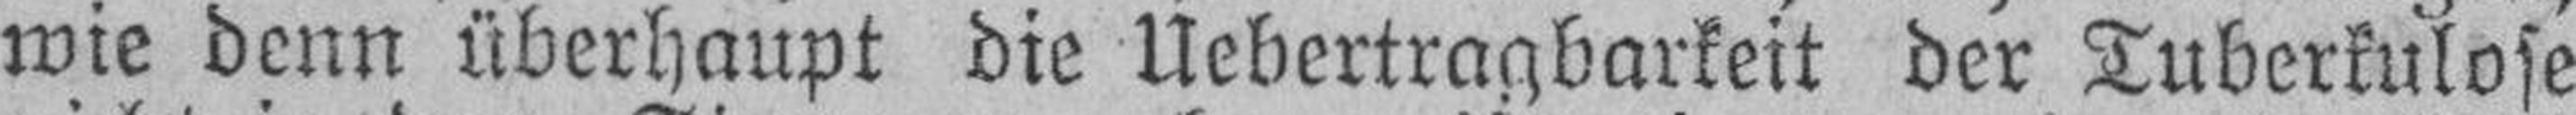
wie denn überhaupt die Uebertragbarkeit der Tuberkulose